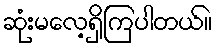
ဆုံးမလေ့ရှိကြပါတယ်။